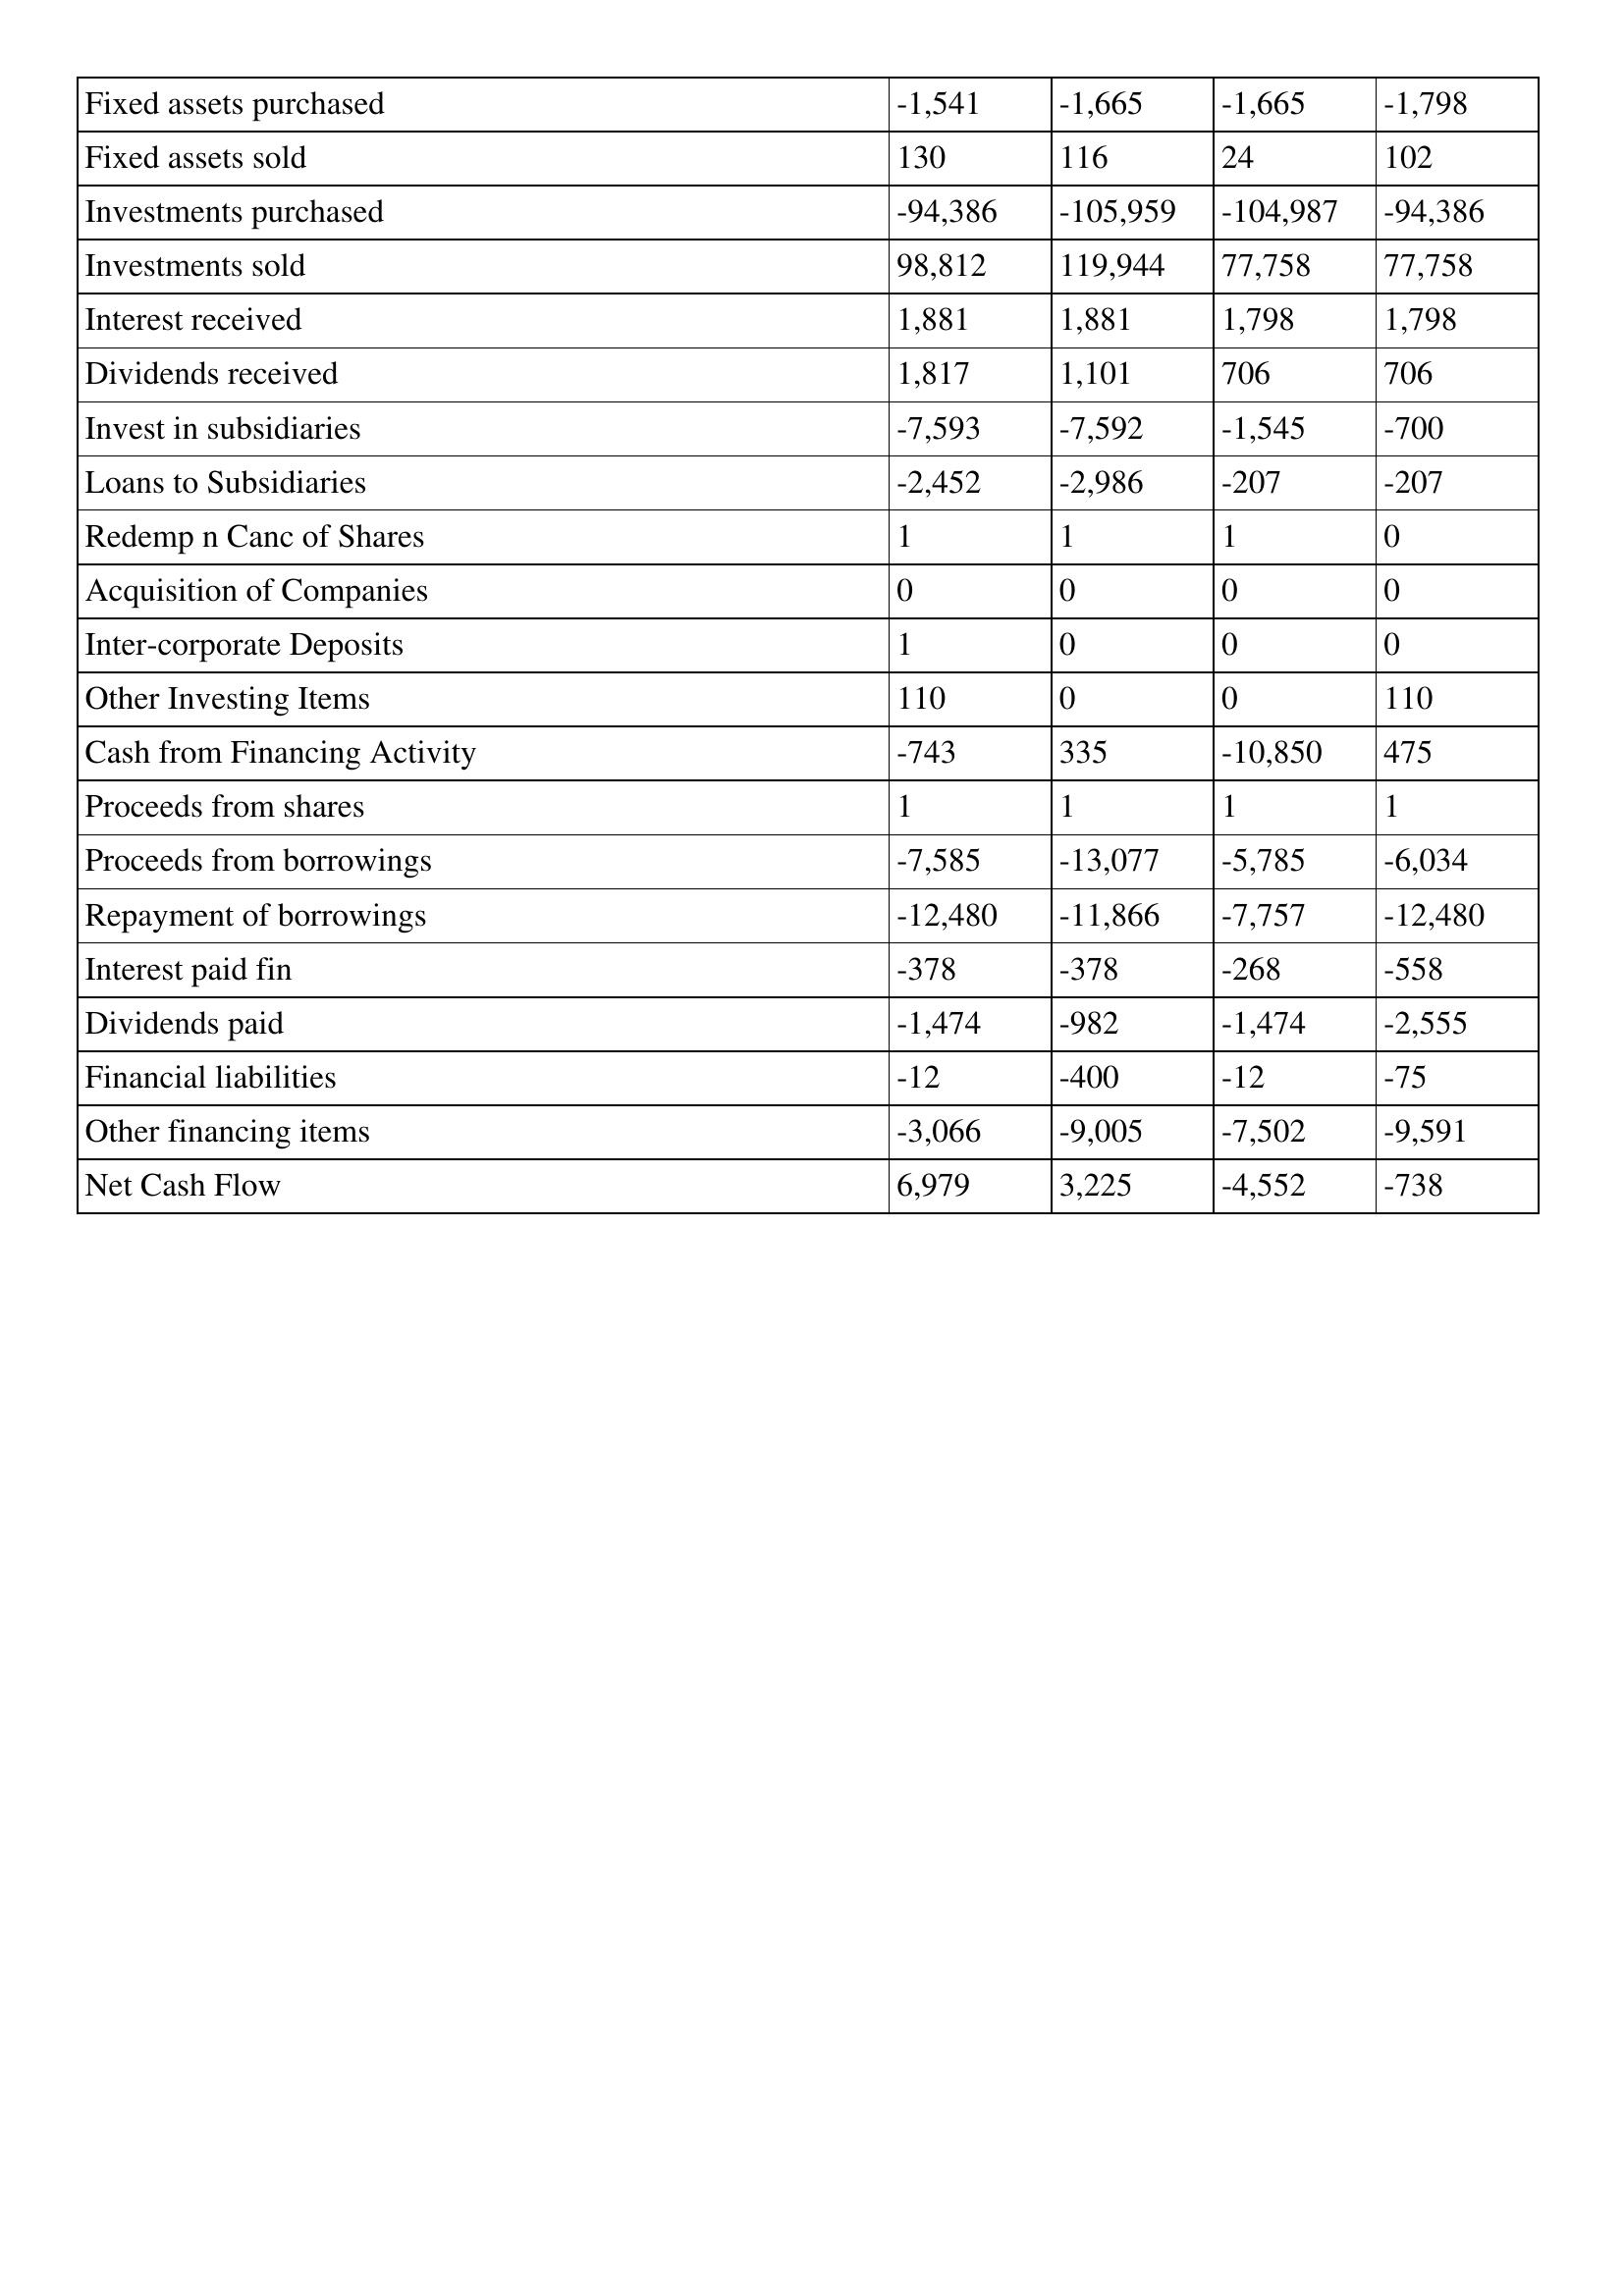
gt_parse: 2000: Cash Flows: Fixed assets purchased: -1,541
Fixed assets sold: 130
Investments purchased: -94,386
Investments sold: 98,812
Interest received: 1,881
Dividends received: 1,817
Invest in subsidiaries: -7,593
Loans to Subsidiaries: -2,452
Redemp n Canc of Shares: 1
Acquisition of Companies: 0
Inter-corporate Deposits: 1
Other Investing Items: 110
Cash from Financing Activity: -743
Proceeds from shares: 1
Proceeds from borrowings: -7,585
Repayment of borrowings: -12,480
Interest paid fin: -378
Dividends paid: -1,474
Financial liabilities: -12
Other financing items: -3,066
Net Cash Flow: 6,979
1999: Cash Flows: Fixed assets purchased: -1,665
Fixed assets sold: 116
Investments purchased: -105,959
Investments sold: 119,944
Interest received: 1,881
Dividends received: 1,101
Invest in subsidiaries: -7,592
Loans to Subsidiaries: -2,986
Redemp n Canc of Shares: 1
Acquisition of Companies: 0
Inter-corporate Deposits: 0
Other Investing Items: 0
Cash from Financing Activity: 335
Proceeds from shares: 1
Proceeds from borrowings: -13,077
Repayment of borrowings: -11,866
Interest paid fin: -378
Dividends paid: -982
Financial liabilities: -400
Other financing items: -9,005
Net Cash Flow: 3,225
1998: Cash Flows: Fixed assets purchased: -1,665
Fixed assets sold: 24
Investments purchased: -104,987
Investments sold: 77,758
Interest received: 1,798
Dividends received: 706
Invest in subsidiaries: -1,545
Loans to Subsidiaries: -207
Redemp n Canc of Shares: 1
Acquisition of Companies: 0
Inter-corporate Deposits: 0
Other Investing Items: 0
Cash from Financing Activity: -10,850
Proceeds from shares: 1
Proceeds from borrowings: -5,785
Repayment of borrowings: -7,757
Interest paid fin: -268
Dividends paid: -1,474
Financial liabilities: -12
Other financing items: -7,502
Net Cash Flow: -4,552
1997: Cash Flows: Fixed assets purchased: -1,798
Fixed assets sold: 102
Investments purchased: -94,386
Investments sold: 77,758
Interest received: 1,798
Dividends received: 706
Invest in subsidiaries: -700
Loans to Subsidiaries: -207
Redemp n Canc of Shares: 0
Acquisition of Companies: 0
Inter-corporate Deposits: 0
Other Investing Items: 110
Cash from Financing Activity: 475
Proceeds from shares: 1
Proceeds from borrowings: -6,034
Repayment of borrowings: -12,480
Interest paid fin: -558
Dividends paid: -2,555
Financial liabilities: -75
Other financing items: -9,591
Net Cash Flow: -738